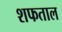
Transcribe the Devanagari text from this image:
शफताल